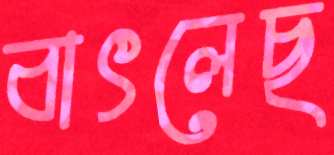
বাৎলেছ